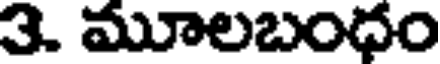
3. మూలబంధం